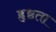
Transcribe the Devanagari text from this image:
हृष्ठता